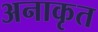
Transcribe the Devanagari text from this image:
अनाकृत